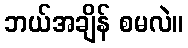
ဘယ်အချိန် စမလဲ။